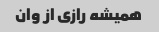
همیشه رازی از وان